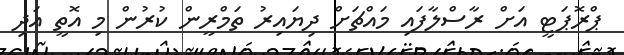
ޕްރޮޕަޓީ އަށް ރާސްލާފައި މައްޗަށް ދިޔައިރު ތަމްރީން ކުރުން މި އޮތީ އަދި